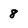
Character: 8